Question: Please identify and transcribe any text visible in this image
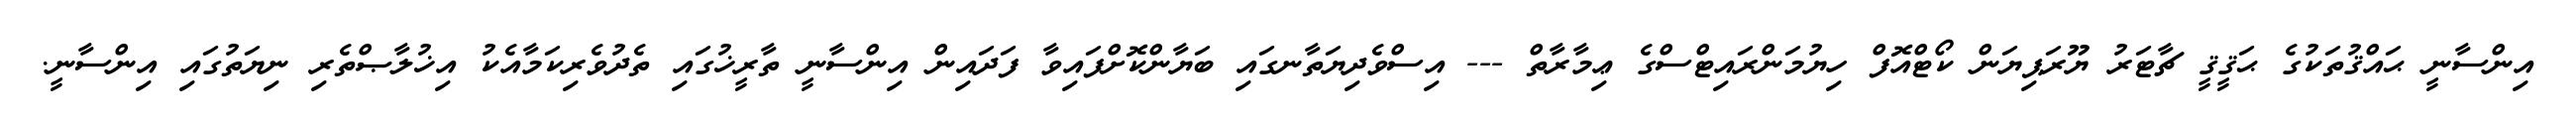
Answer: އިންސާނީ ޙައްޤުތަކުގެ ޙަޤީޤީ ޗާޓަރު ޔޫރަޕިޔަން ކޯޓްއޮފް ހިޔުމަންރައިޓްސްގެ ޢިމާރާތް --- އިސްވެދިޔަތާނގައި ބަޔާންކޮށްފައިވާ ފަދައިން އިންސާނީ ތާރީޚުގައި ތެދުވެރިކަމާއެކު އިޚުލާޞްތެރި ނިޔަތުގައި އިންސާނީ.